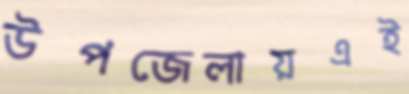
উপজেলায়এই